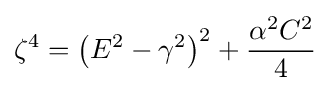
\zeta ^{4}=\left(E^{2}-\gamma ^{2}\right)^{2}+{\frac {\alpha ^{2}C^{2}}{4}}